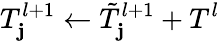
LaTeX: T_{\mathbf{j}}^{l+1}\gets\tilde{{T}}_{\mathbf{j}}^{l+1}+T^{l}